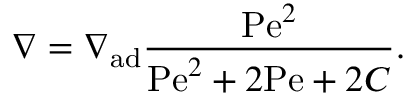
\nabla = \nabla _ { \mathrm { a d } } { \frac { \mathrm { P e } ^ { 2 } } { \mathrm { P e } ^ { 2 } + 2 \mathrm { P e } + 2 C } } .